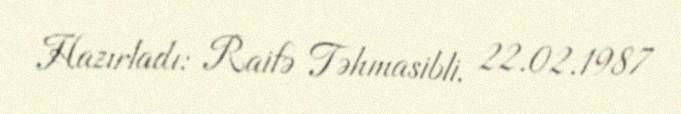
Hazırladı: Raifə Təhmasibli, 22.02.1987